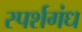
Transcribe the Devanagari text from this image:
स्पर्शगंध